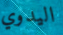
اليدوي